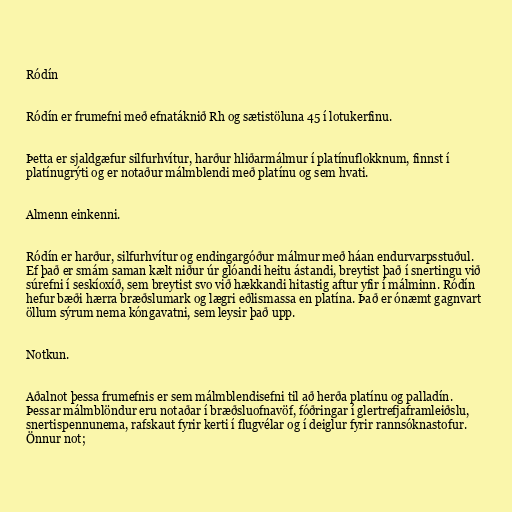
Ródín

Ródín er frumefni með efnatáknið Rh og sætistöluna 45 í lotukerfinu.

Þetta er sjaldgæfur silfurhvítur, harður hliðarmálmur í platínuflokknum, finnst í
platínugrýti og er notaður málmblendi með platínu og sem hvati.

Almenn einkenni.

Ródín er harður, silfurhvítur og endingargóður málmur með háan endurvarpsstuðul.
Ef það er smám saman kælt niður úr glóandi heitu ástandi, breytist það í snertingu við
súrefni í seskíoxíð, sem breytist svo við hækkandi hitastig aftur yfir í málminn. Ródín
hefur bæði hærra bræðslumark og lægri eðlismassa en platína. Það er ónæmt gagnvart
öllum sýrum nema kóngavatni, sem leysir það upp.

Notkun.

Aðalnot þessa frumefnis er sem málmblendisefni til að herða platínu og palladín.
Þessar málmblöndur eru notaðar í bræðsluofnavöf, fóðringar í glertrefjaframleiðslu,
snertispennunema, rafskaut fyrir kerti í flugvélar og í deiglur fyrir rannsóknastofur.
Önnur not;